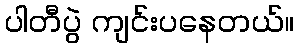
ပါတီပွဲ ကျင်းပနေတယ်။